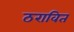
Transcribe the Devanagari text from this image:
ठरावित